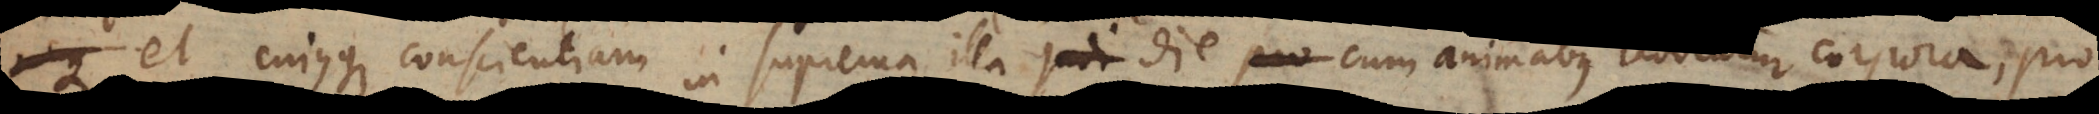
et cujusque conscientiam in suprema illa die, cum Æ Ä animabus reddentur co